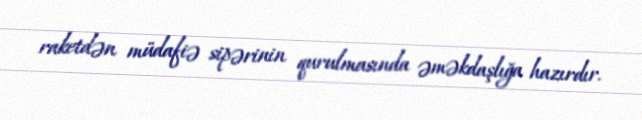
raketdən müdafiə sipərinin qurulmasında əməkdaşlığa hazırdır.